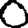
Digit: 0